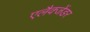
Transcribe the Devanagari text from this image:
एलैक्जेंडर